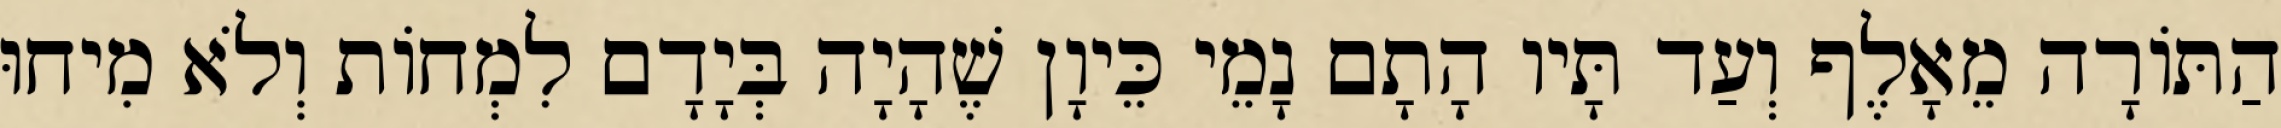
הַתּוֹרָה מֵאָלֶף וְעַד תָּיו הָתָם נָמֵי כֵּיוָן שֶׁהָיָה בְּיָדָם לִמְחוֹת וְלֹא מִיחוּ